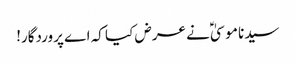
سیدنا موسیٰؑ نے عرض کیا کہ اے پروردگار!